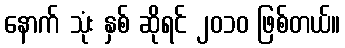
နောက် သုံး နှစ် ဆိုရင် ၂၀၁၀ ဖြစ်တယ်။